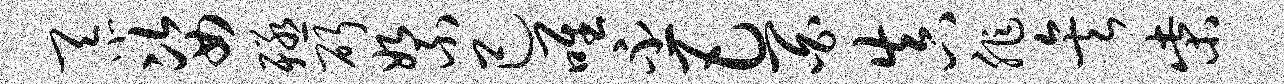
忝姿殛斫絮己唯丕巴百真非矣柴